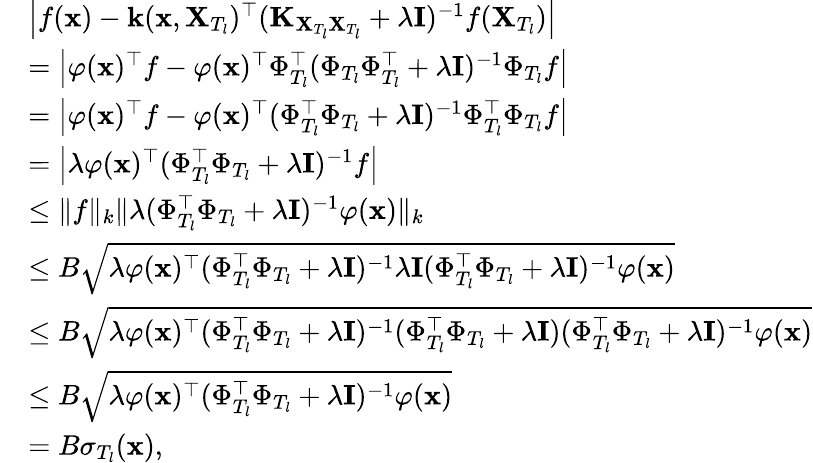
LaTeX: \begin{array}{rl}&{\left|f(\mathbf{x})-\mathbf{k}(\mathbf{x},\mathbf{X}_{T_{l}})^{\top}(\mathbf{K}_{\mathbf{X}_{T_{l}}\mathbf{X}_{T_{l}}}+\lambda\mathbf{I})^{-1}f(\mathbf{X}_{T_{l}})\right|}\\ &{=\left|\varphi(\mathbf{x})^{\top}f-\varphi(\mathbf{x})^{\top}\Phi_{T_{l}}^{\top}(\Phi_{T_{l}}\Phi_{T_{l}}^{\top}+\lambda\mathbf{I})^{-1}\Phi_{T_{l}}f\right|}\\ &{=\left|\varphi(\mathbf{x})^{\top}f-\varphi(\mathbf{x})^{\top}(\Phi_{T_{l}}^{\top}\Phi_{T_{l}}+\lambda\mathbf{I})^{-1}\Phi_{T_{l}}^{\top}\Phi_{T_{l}}f\right|}\\ &{=\left|\lambda\varphi(\mathbf{x})^{\top}(\Phi_{T_{l}}^{\top}\Phi_{T_{l}}+\lambda\mathbf{I})^{-1}f\right|}\\ &{\leq\Vert f\Vert_{k}\Vert\lambda(\Phi_{T_{l}}^{\top}\Phi_{T_{l}}+\lambda\mathbf{I})^{-1}\varphi(\mathbf{x})\Vert_{k}}\\ &{\leq B\sqrt{\lambda\varphi(\mathbf{x})^{\top}(\Phi_{T_{l}}^{\top}\Phi_{T_{l}}+\lambda\mathbf{I})^{-1}\lambda\mathbf{I}(\Phi_{T_{l}}^{\top}\Phi_{T_{l}}+\lambda\mathbf{I})^{-1}\varphi(\mathbf{x})}}\\ &{\leq B\sqrt{\lambda\varphi(\mathbf{x})^{\top}(\Phi_{T_{l}}^{\top}\Phi_{T_{l}}+\lambda\mathbf{I})^{-1}(\Phi_{T_{l}}^{\top}\Phi_{T_{l}}+\lambda\mathbf{I})(\Phi_{T_{l}}^{\top}\Phi_{T_{l}}+\lambda\mathbf{I})^{-1}\varphi(\mathbf{x})}}\\ &{\leq B\sqrt{\lambda\varphi(\mathbf{x})^{\top}(\Phi_{T_{l}}^{\top}\Phi_{T_{l}}+\lambda\mathbf{I})^{-1}\varphi(\mathbf{x})}}\\ &{=B\sigma_{T_{l}}(\mathbf{x}),}\end{array}